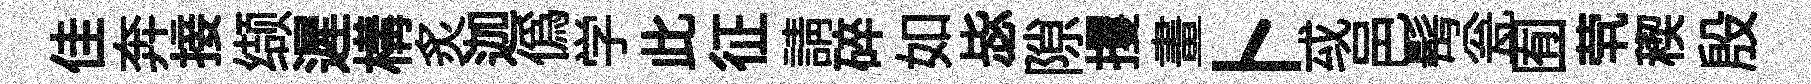
佳奔接缬遲構炙迦僞学此征請碎如毖隙攫畫卜㦯邑髩瓮囿茕稧殷